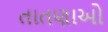
તાતણાઓ